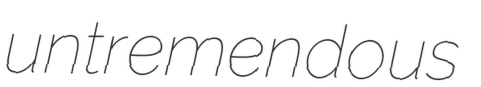
untremendous